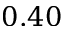
0 . 4 0